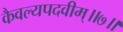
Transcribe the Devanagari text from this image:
कैवल्यपदवीम्॥७॥